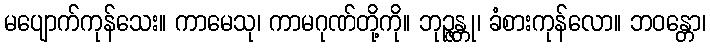
မပျောက်ကုန်သေး။ ကာမေသု၊ ကာမဂုဏ်တို့ကို။ ဘုဉ္ဇန္တု၊ ခံစားကုန်လော။ ဘဝန္တော၊